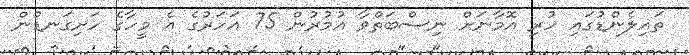
ތައިލެންޑުގައި ހުރި އޮމާނަށް ނިސްބަތްވާ އުމުރުން 75 އަހަރުގެ އެ މީހާގެ ހަށިގަނޑުން